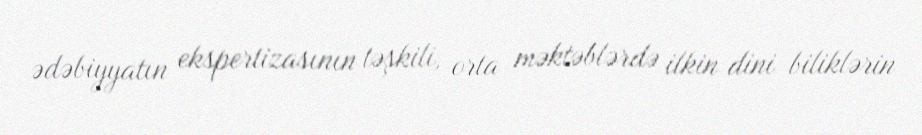
ədəbiyyatın ekspertizasının təşkili, orta məktəblərdə ilkin dini biliklərin